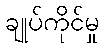
ချုပ်ကိုင်မှု